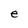
Character: e